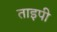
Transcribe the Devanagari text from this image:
ताइपी